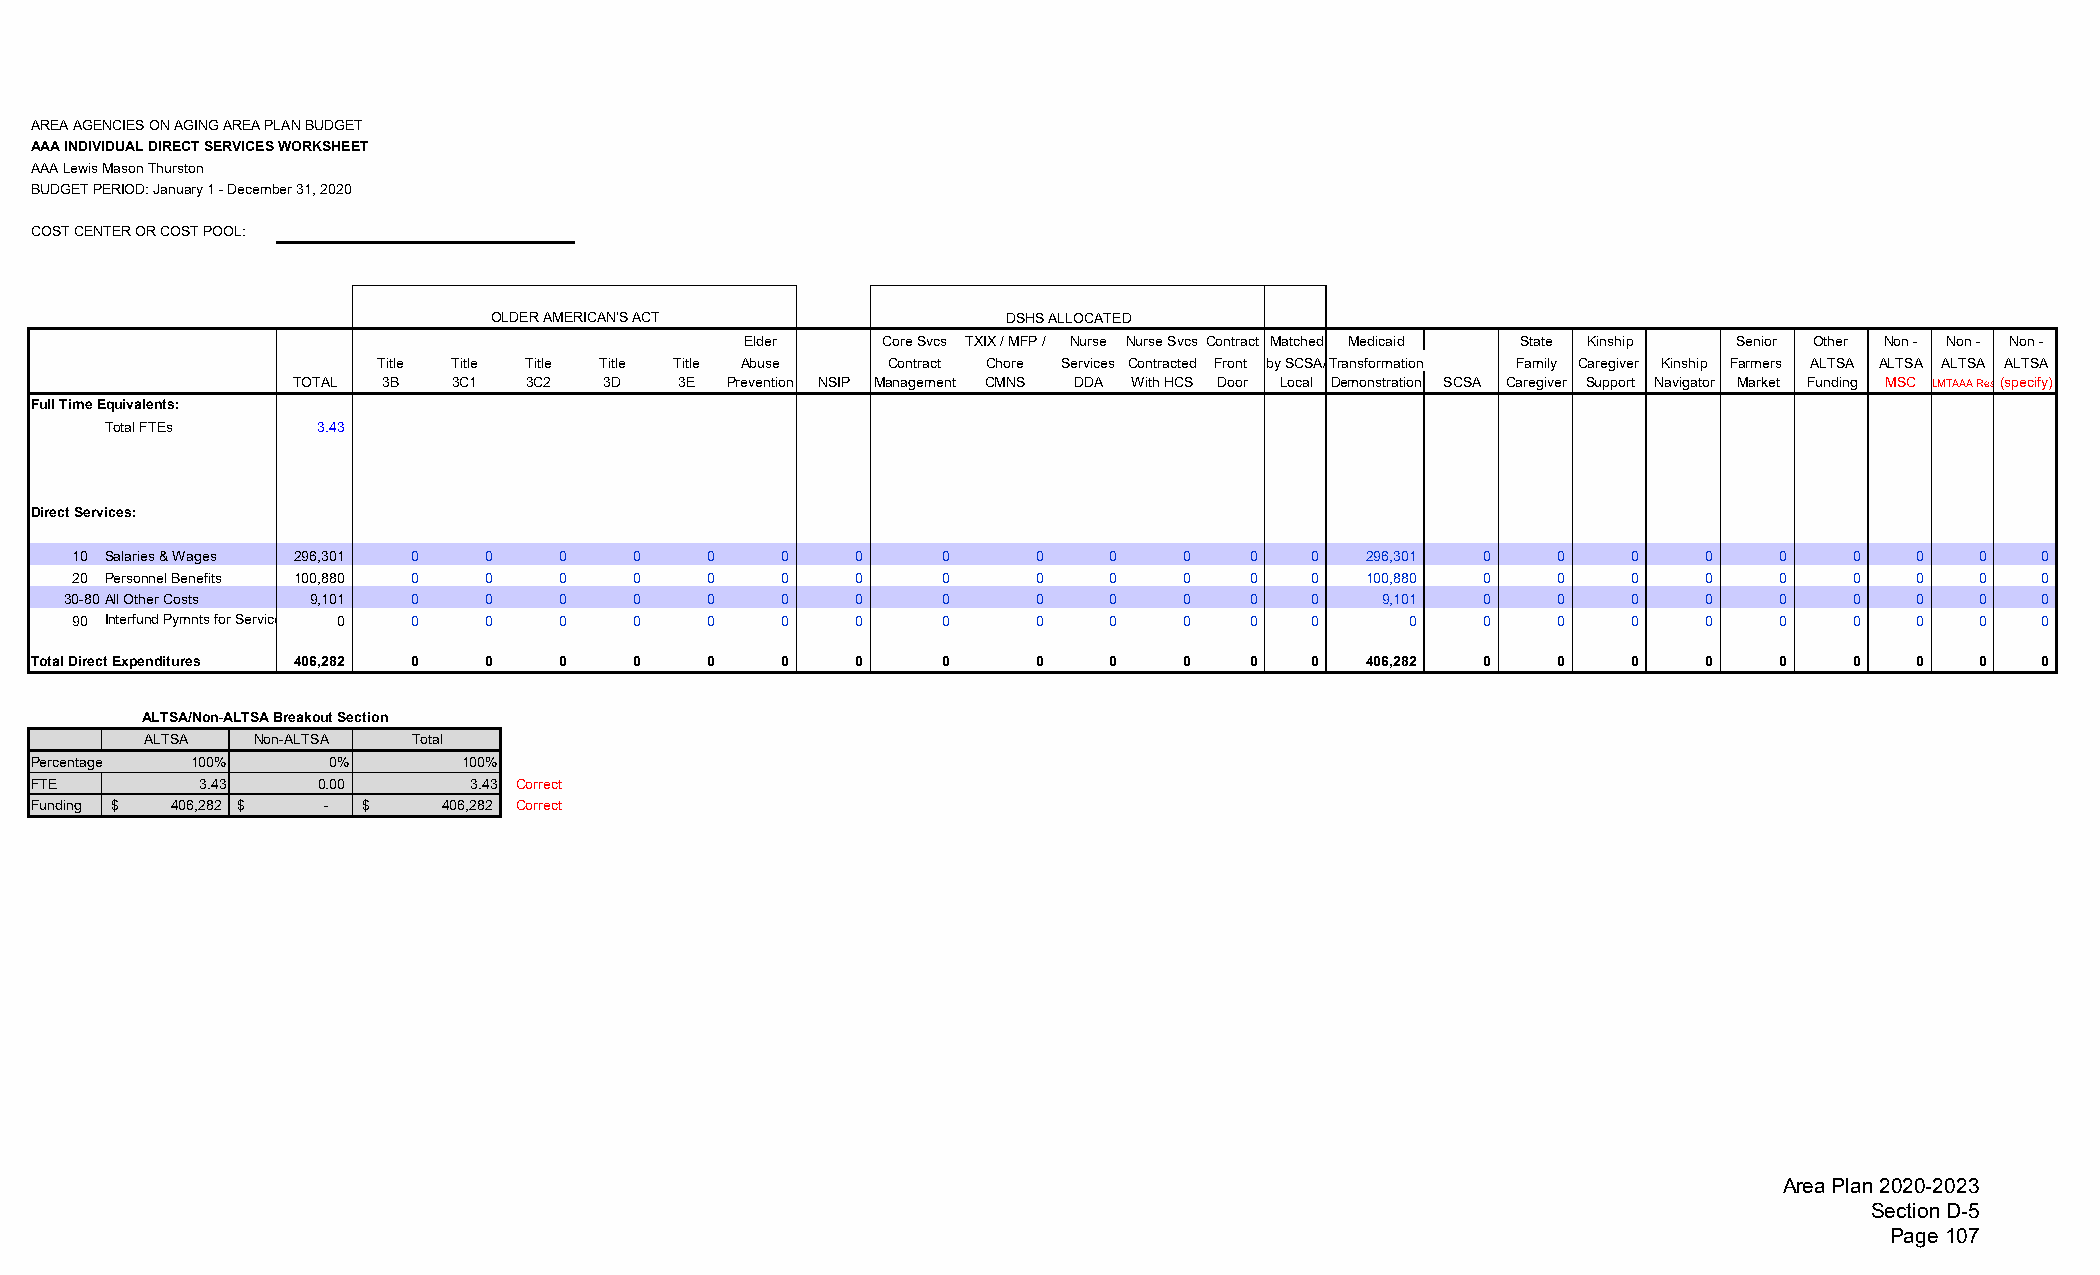
AREA AGENCIES ON AGING AREA PLAN BUDGET
 AAA INDIVIDUAL DIRECT SERVICES WORKSHEET
 AAALewis Mason Thurston
 BUDGET PERIOD: January 1 - December 31, 2020
 COST CENTER OR COST POOL:
 OLDER AMERICAN'S ACT              DSHS ALLOCATED
 Elder    Core Svcs TXIX / MFP / Nurse Nurse Svcs Contract Matched Medicaid State Kinship Senior Other Non - Non - Non -
 Title Title Title Title Title Abuse Contract Chore Services Contracted Front by SCSA/Transformation Family Caregiver Kinship Farmers ALTSA ALTSA ALTSA ALTSA
 TOTAL 3B   3C1 3C2   3D   3E Prevention NSIP Management CMNS DDA With HCS Door Local Demonstration SCSA Caregiver Support Navigator Market Funding MSC LMTAAA Res(specify)
 Full Time Equivalents:
 Total FTEs    3.43
 Direct Services:
 10 Salaries & Wages 296,301 0 0  0    0   0    0    0     0     0    0    0   0   0   296,301 0    0    0    0   0    0   0    0   0
 20 Personnel Benefits 100,880 0 0 0   0   0    0    0     0     0    0    0   0   0   100,880 0    0    0    0   0    0   0    0   0
 30-80All Other Costs 9,101 0 0   0    0   0    0    0     0     0    0    0   0   0    9,101  0    0    0    0   0    0   0    0   0
 90 Interfund Pymnts for Service 0 0 0 0 0 0    0    0     0     0    0    0   0   0      0    0    0    0    0   0    0   0    0   0
 Total Direct Expenditures 406,282 0 0 0 0   0    0    0     0     0    0    0   0   0   406,282 0    0    0    0   0    0   0    0   0
 ALTSA/Non-ALTSA Breakout Section
 ALTSA   Non-ALTSA Total
 Percentage 100%    0%       100%
 FTE        3.43    0.00      3.43 Correct
 Funding $ 4 06,282 $ - $   406,282 Correct
 Area Plan 2020-2023
 Section D-5
 Page 107